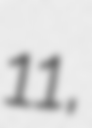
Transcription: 11,